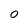
Character: 0